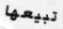
تبيعها